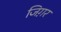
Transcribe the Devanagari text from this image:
जिग़र